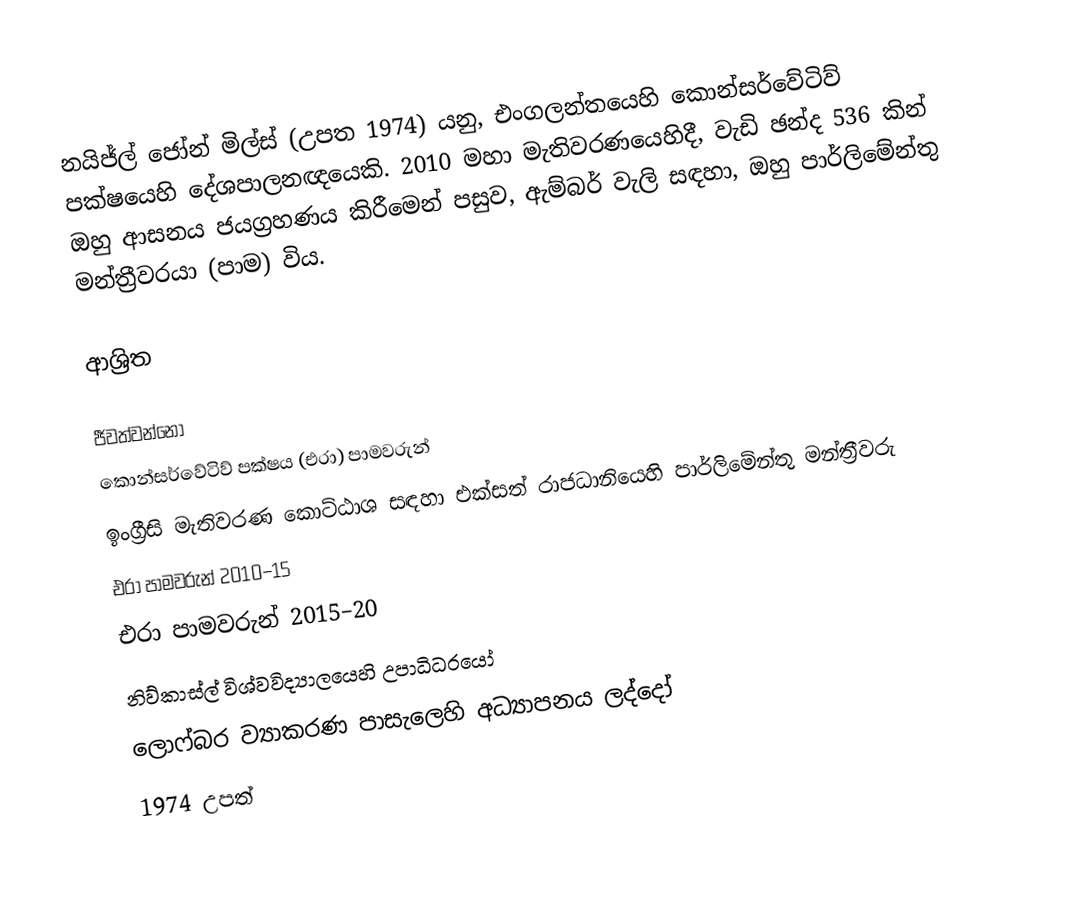
නයිජ්‍ල් ජෝන් මිල්ස් (උපත 1974) යනු,  එංගලන්තයෙහි  කොන්සර්වේටිව් පක්ෂයෙහි දේශපාලනඥයෙකි. 2010 මහා මැතිවරණයෙහිදී, වැඩි ඡන්ද 536 කින් ඔහු ආසනය ජයග්‍රහණය කිරීමෙන් පසුව, ඇම්බර් වැලි සඳහා, ඔහු පාර්ලිමේන්තු මන්ත්‍රීවරයා (පාම) විය.

ආශ්‍රිත

ජීවත්වන්නෝ
කොන්සර්වේටිව් පක්ෂය (එරා) පාමවරුන්
ඉංග්‍රීසි මැතිවරණ කොට්ඨාශ සඳහා එක්සත් රාජධානියෙහි පාර්ලිමේන්තු මන්ත්‍රීවරු
එරා පාමවරුන් 2010–15
එරා පාමවරුන් 2015–20
 නිව්කාස්ල් විශ්වවිද්‍යාලයෙහි උපාධිධරයෝ
 ලොෆ්බර ව්‍යාකරණ පාසැලෙහි අධ්‍යාපනය ලද්දෝ
1974 උපත්